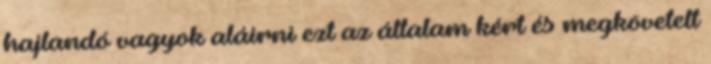
hajlandó vagyok aláírni ezt az általam kért és megkövetelt